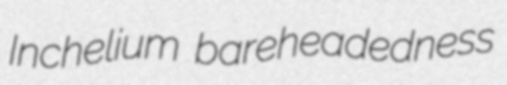
Inchelium bareheadedness